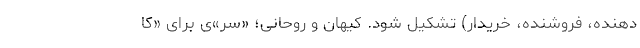
دهنده، فروشنده، خریدار) تشکیل شود. کیهان و روحانی؛ «سر»ی برای «کا